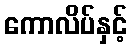
ကောလိပ်နှင့်